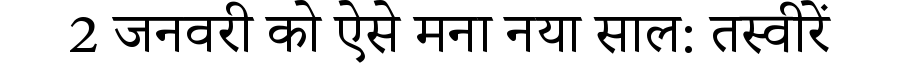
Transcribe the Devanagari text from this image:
2 जनवरी को ऐसे मना नया साल: तस्वीरें